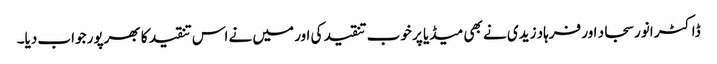
ڈاکٹر انور سجاد اور فرہاد زیدی نے بھی میڈیا پر خوب تنقید کی اور میں نے اس تنقید کا بھرپور جواب دیا۔